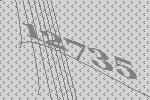
12735